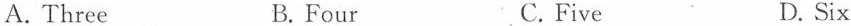
A. Three B.Four C.Five D. Six